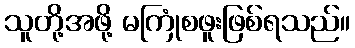
သူတို့အဖို့ မကြုံစဖူးဖြစ်ရသည်။